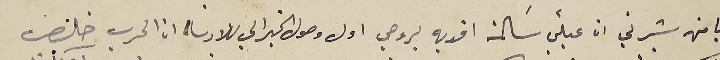
يا من بشرني ان عيلتي سَالمة افديه بروحي اول وصول الخبر الي بلادنا ان الحرب خلص